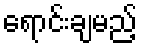
ရောင်းချမည့်